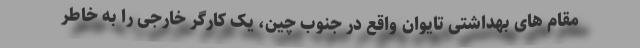
مقام های بهداشتی تایوان واقع در جنوب چین، یک کارگر خارجی را به خاطر